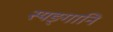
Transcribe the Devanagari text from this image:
स्यङ्गानि